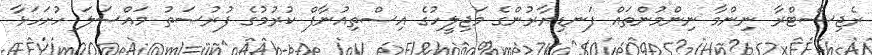
ރެޖިސްޓްރާ ނިންމާ ނިންމުންތައް ފަނޑިޔާރުންގެ މަޖިލީހުގެ އިސްތިއުނާފް ކުރުމުގެ ފުރުސަތު މައްސަލަ ހުށަހަޅާ